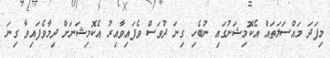
މިފަދަ މައްސަލަތައް އެކޮމިޝަނުގައި ނުބެހި ގިނަ ދުވަސް ވެފައިވާއިރު އެކޮމިޝަނަށް ދިމާވެފައިވާ ގިނަ